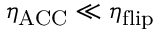
\eta _ { \mathrm { A C C } } \ll \eta _ { \mathrm { f l i p } }